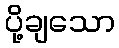
ပို့ချသော